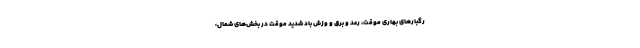
رگبارهای بهاری موقت، رعد و برق و وزش باد شدید موقت در بخش‌های شمال،